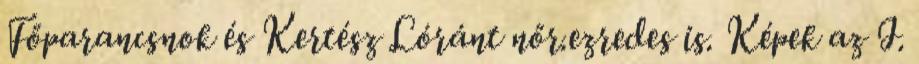
Főparancsnok és Kertész Lóránt nőr.ezredes is. Képek az I.